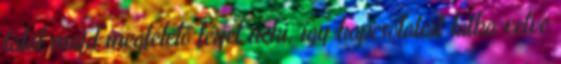
talál majd megfelelő férjet neki, így kapcsolatait latba vetve